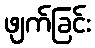
ဖျက်ခြင်း